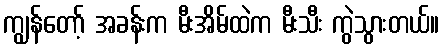
ကျွန်တော့် အခန်းက မီးအိမ်ထဲက မီးသီး ကွဲသွားတယ်။